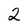
Character: 2